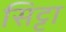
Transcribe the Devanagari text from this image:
सिट्टा